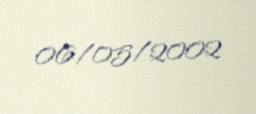
06/05/2002